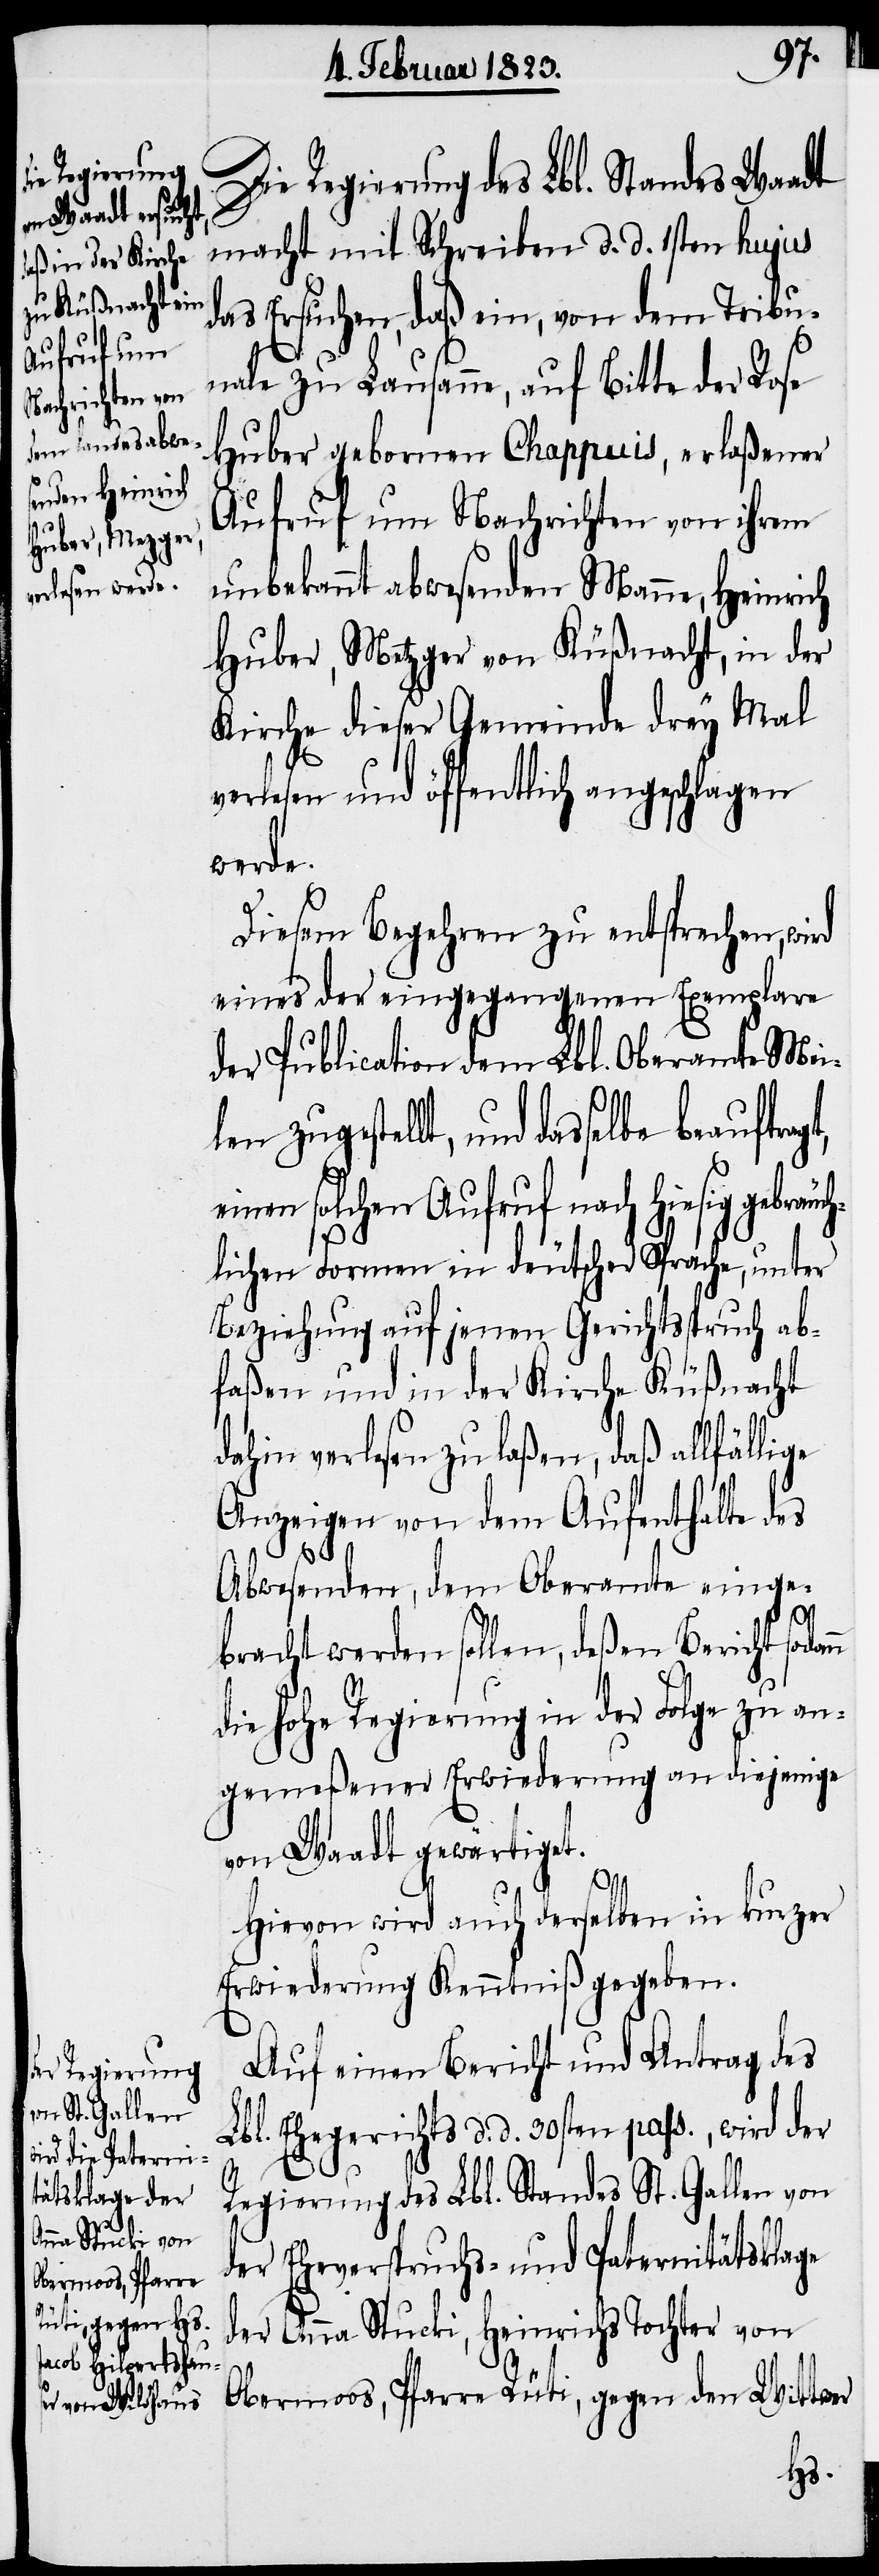
uftragt, ein¬

Die Regierung des Lbl. Standes Waadt
macht mit Schreiben d. d. 1sten hujus
das Ersuchen, daß ein, von dem Tribu¬
nale zu Lausanne, auf Bitte der Rose
Huber gebornen Chappuis, erlaßener
Aufruf um Nachrichten von ihrem
unbekannt abwesenden Manne, Heinrich
Huber, Metzger von Küßnacht, in der
Kirche dieser Gemeinde drey Mal
verlesen und öffentlich angeschlagen
werde.
Diesem Begehren zu entsprechen, wird
eines der eingegangenen Exemplare
der Publication dem Lbl. Oberamte Mei¬
len zugestellt, und dasselbe bea¬
en solchen Aufruf nach hiesig gebrä¬
lichen Formen in deutscher Sprache, unter
Beziehung auf jenen Gerichtsspruch ab¬
faßen und in der Kirche Küßnacht
dahin verlesen zu laßen, daß allfällige
Anzeigen von dem Aufenthalte des
Abwesenden, dem Oberamte einge¬
n
bracht werden sollen, deßen Bericht sodan¬
die hohe Regierung in der Folge zu an¬
gemeßener Erwiederung an diejenige
von Waadt gewärtiget.
Hievon wird auch derselben in kurzer
Erwiederung Kenntniß gegeben.
Auf einen Bericht und Antrag des
Lbl. Ehegerichts d. d. 30sten pass., wird der
Regierung des Lbl. Standes St. Gallen von
der Eheverspruchs- und Paternitätsklage
der Anna Stucki, Heinrichs Tochter von
Obermoos, Pfarre Rüti, gegen den Wittwer